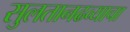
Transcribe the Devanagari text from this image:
सुलतानढव्याचा